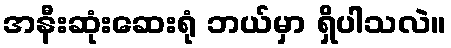
အနီးဆုံးဆေးရုံ ဘယ်မှာ ရှိပါသလဲ။